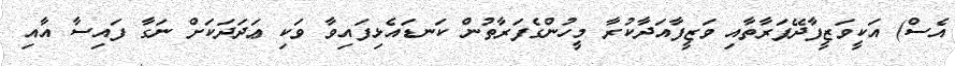
އެސް) އަކީވަޒީފާދޭފަރާތާއި ވަޒީފާއަދާކުރާ މީހުންގެފަރާތުން ކަނޑައެޅިފައިވާ ވަކި ޢަދަދަކަށް ނަގާ ފައިސާ އާއި